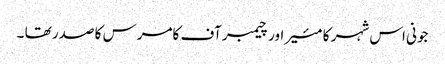
جونی اس شہر کا مئیر اور چیمبر آف کامرس کا صدر تھا ۔